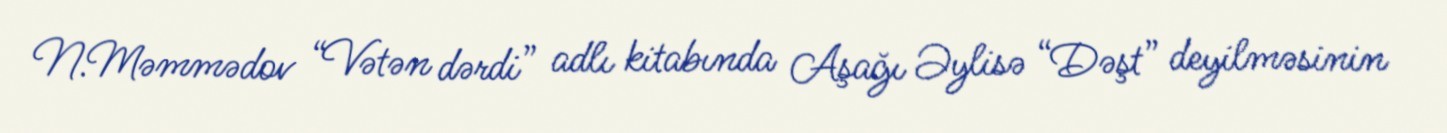
N.Məmmədov “Vətən dərdi” adlı kitabında Aşağı Əylisə “Dəşt” deyilməsinin